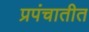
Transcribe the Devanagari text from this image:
प्रपंचातीत